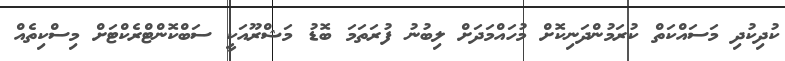
ކުދިކުދި މަސައްކަތް ކުރަމުންދަނިކޮށް މުހައްމަދަށް ލިބުނު ފުރަތަމަ ބޮޑު މަޝްރޫއަކީ ސަބްކޮންޓްރެކްޓަށް މިސްކިތެއް